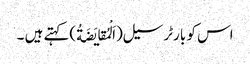
اس کو بارٹر سیل(اَلْمُقایَضَةُ)کہتے ہیں ۔